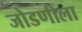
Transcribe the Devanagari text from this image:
जोडणीला